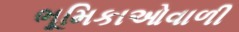
ભૂમિકાઓવાળી